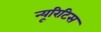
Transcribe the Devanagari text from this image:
न्यूरिटिस